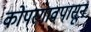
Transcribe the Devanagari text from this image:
कोपरगावपासून